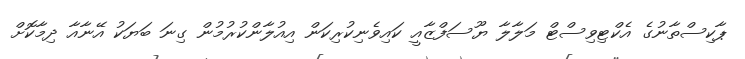
ޕާކިސްތާނުގެ އެކްޓިވިސްޓް މަލާލާ ޔޫސަފްޒާއީ ކައިވެނިކުރިކަން އިއުލާންކުރުމުން ގިނަ ބަޔަކު އޭނާއާ ދިމާކޮށް